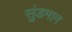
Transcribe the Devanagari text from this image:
सुंडमान